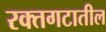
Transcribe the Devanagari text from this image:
रक्तगटातील